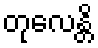
တုလေန္တိ